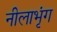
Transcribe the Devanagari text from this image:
नीलाभृंग